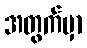
အတွက်မှာ